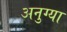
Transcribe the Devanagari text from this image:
अनुग्या